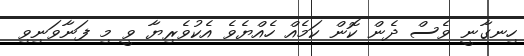
ހިނގާނީ ވެސް ދެން ކޮން ކަމެއް ހެއްޔެވެ އެކުވެރިޔާ ވީ މި ފަނާވަނިވި